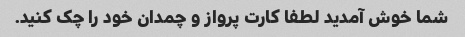
شما خوش آمدید لطفا کارت پرواز و چمدان خود را چک کنید.